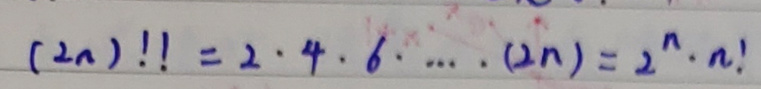
$(2n)!! = 2\cdot4\cdot6\cdot\cdots\cdot(2n)=2^{n}\cdot n!$